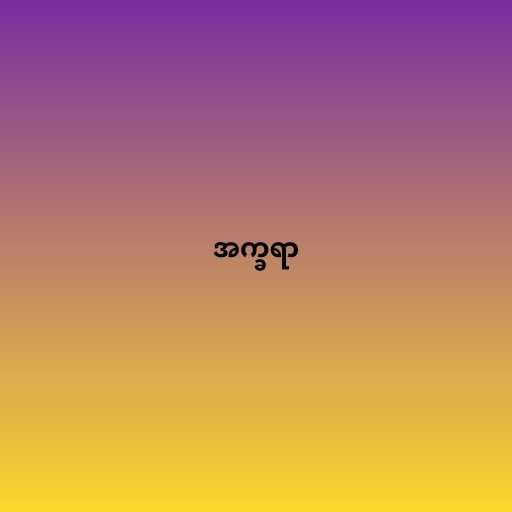
အက္ခရာ